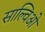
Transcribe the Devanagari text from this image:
साल्विओ